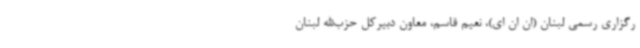
رگزاری رسمی لبنان (ان ان ای)، نعیم قاسم، معاون دبیرکل حزب‌الله لبنان